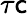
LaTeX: \tau\mathsf{c}